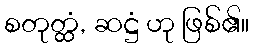
စတုတ္ထံ, ဆဋ္ဌံ ဟု ဖြစ်၏။